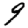
Digit: 9